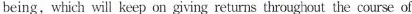
being,which will keep on giving returns throughout the course of